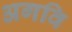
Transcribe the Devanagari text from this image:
अगवि